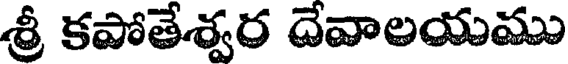
శ్రీ కపోతేశ్వర దేవాలయము